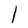
Character: l